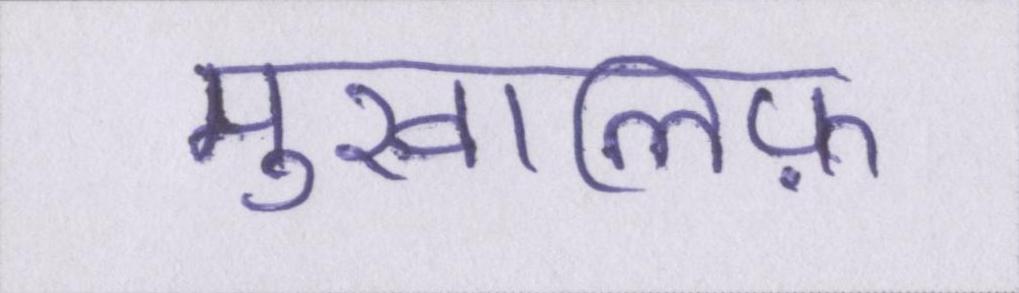
मुखालिफ़